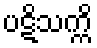
ပဋိသက္ကိ